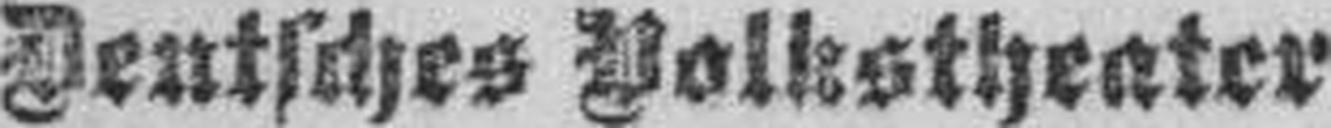
Deutsches Volkstheater